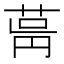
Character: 𦱫